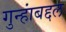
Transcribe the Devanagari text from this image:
गुन्हांबद्दल